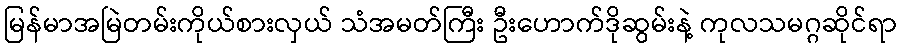
မြန်မာအမြဲတမ်းကိုယ်စားလှယ် သံအမတ်ကြီး ဦးဟောက်ဒိုဆွမ်းနဲ့ ကုလသမဂ္ဂဆိုင်ရာ